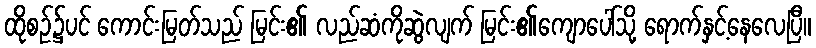
ထိုစဉ်၌ပင် ကောင်းမြတ်သည် မြင်း၏ လည်ဆံကိုဆွဲလျက် မြင်း၏ကျောပေါ်သို့ ရောက်နှင့်နေလေပြီ။